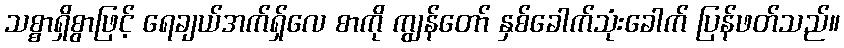
သစ္စာရှိစွာဖြင့် ရေချယ်အက်ရှ်လေ စာကို ကျွန်တော် နှစ်ခေါက်သုံးခေါက် ပြန်ဖတ်သည်။